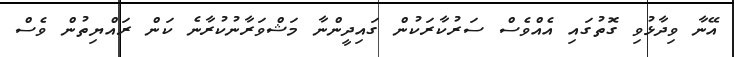
އޭނާ ވިދާޅުވި ގޮތުގައި އެއްވެސް ސަރުކާރަކުން ގައިދީންނާ މަޝްވަރާނުކުރާނެ ކަން ރައްޔިތުން ވެސް